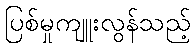
ပြစ်မှုကျူးလွန်သည့်